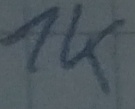
Text: 1K